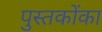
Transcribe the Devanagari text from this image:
पुस्‍तकोंका